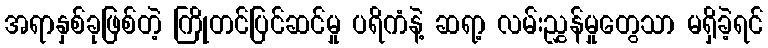
အရာနှစ်ခုဖြစ်တဲ့ ကြိုတင်ပြင်ဆင်မှု ပရိကံနဲ့ ဆရာ့ လမ်းညွှန်မှုတွေသာ မရှိခဲ့ရင်